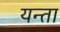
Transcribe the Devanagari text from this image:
यन्ता